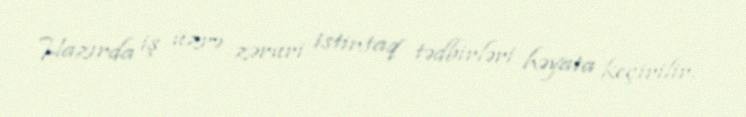
Hazırda iş üzrə zəruri istintaq tədbirləri həyata keçirilir.